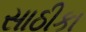
સાઠીકા